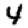
Digit: 4